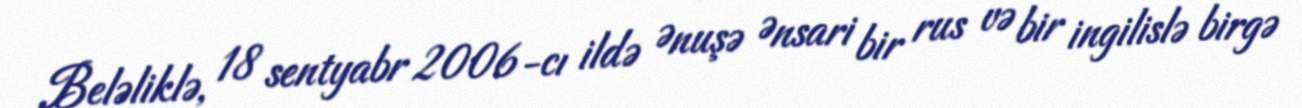
Beləliklə, 18 sentyabr 2006-cı ildə Ənuşə Ənsari bir rus və bir ingilislə birgə